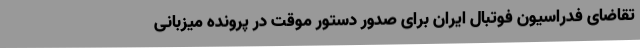
تقاضای فدراسیون فوتبال ایران برای صدور دستور موقت در پرونده میزبانی